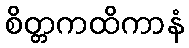
စိတ္တကထိကာနံ